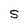
Character: S